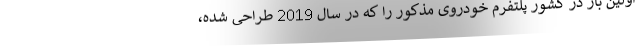
اولین بار در کشور پلتفرم خودروی مذکور را که در سال 2019 طراحی شده،